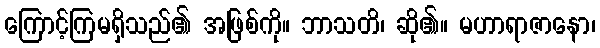
ကြောင့်ကြမရှိသည်၏ အဖြစ်ကို။ ဘာသတိ၊ ဆို၏။ မဟာရာဇာနော၊